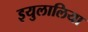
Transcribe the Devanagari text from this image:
इयुलालिया